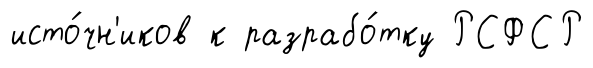
исто́чн'иков к разрабо́тку РСФСР